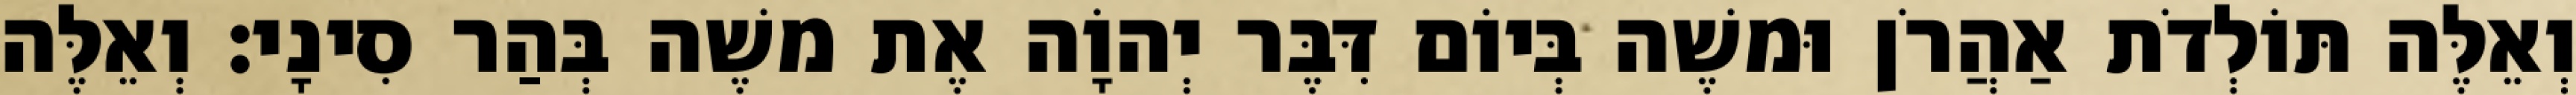
וְאֵלֶּה תּוֹלְדֹת אַהֲרֹן וּמשֶׁה בְּיוֹם דִּבֶּר יְהוָֹה אֶת משֶׁה בְּהַר סִינָי׃ וְאֵלֶּה